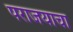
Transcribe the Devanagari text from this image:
पराजयाचा